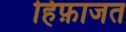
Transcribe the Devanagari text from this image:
हिफ़ाजत